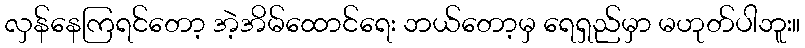
လှန်နေကြရင်တော့ အဲ့အိမ်ထောင်ရေး ဘယ်တော့မှ ရေရှည်မှာ မဟုတ်ပါဘူး။